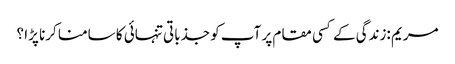
مریم :زندگی کے کسی مقام پر آپ کو جذباتی تنہائی کا سامنا کرنا پڑا ؟